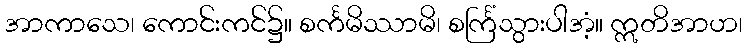
အာကာသေ၊ ကောင်းကင်၌။ စင်္ကမိဿာမိ၊ စင်္ကြံသွားပါအံ့။ ဣတိအာဟ၊